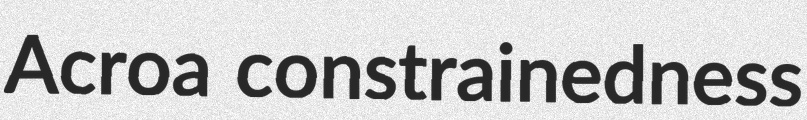
Acroa constrainedness